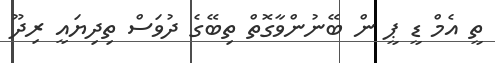
ތީ އެމް ޑީ ޕީ ން ބޭނުންވާގޮތް ތިބޭގެ ދުވަސް ތިދިޔައީ ރިދޫ